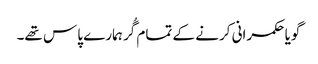
گویا حکمرانی کرنے کے تمام گُر ہمارے پاس تھے۔